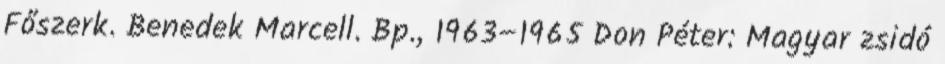
Főszerk. Benedek Marcell. Bp., 1963–1965 Don Péter: Magyar zsidó